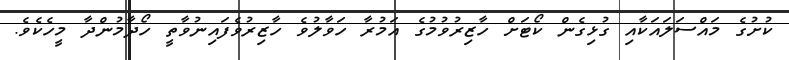
ކުށުގެ މައްސަލައަކާއި ގުޅިގެން ކޯޓަށް ހާޒިރުވުމުގެ އަމުރާ ހަވާލުވެ ހާޒިރުވެފައިނުވާތީ ހޯދާމުންދާ މީހެކެވެ.